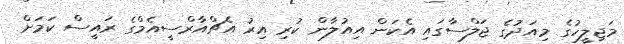
މަޖިލީހުގެ މިއަދުގެ ޖަލްސާގައި އެކަން އިއުލާން ކުރި އިރު އެޗްއާރްސީއެމްގެ ރައީސް ކަމަށް